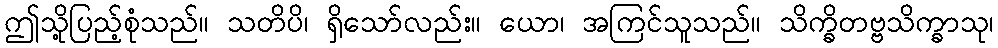
ဤသို့ပြည့်စုံသည်။ သတိပိ၊ ရှိသော်လည်း။ ယော၊ အကြင်သူသည်။ သိက္ခိတဗ္ဗသိက္ခာသု၊